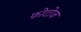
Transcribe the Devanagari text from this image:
फोटोज